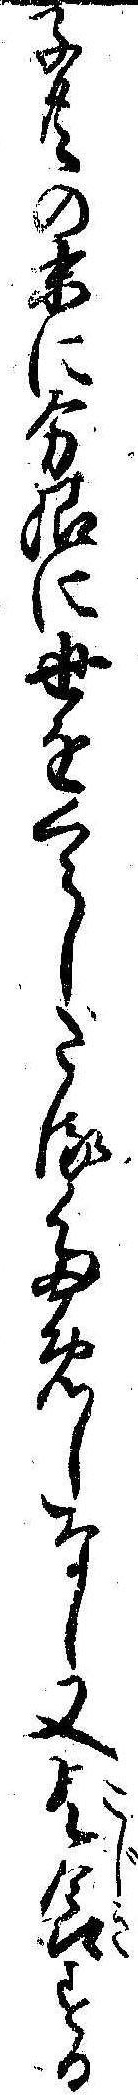
子共の末に分限に世をくらしたるためしなし又乞食する